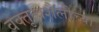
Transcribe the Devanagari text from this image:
वक्तृत्वशैलीच्या